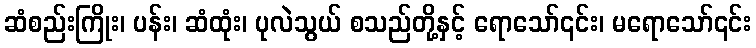
ဆံစည်းကြိုး၊ ပန်း၊ ဆံထုံး၊ ပုလဲသွယ် စသည်တို့နှင့် ရောသော်၎င်း၊ မရောသော်၎င်း